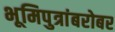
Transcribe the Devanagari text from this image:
भूमिपुत्रांबरोबर